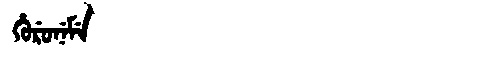
Manchu: ᡥᡠᡵᡠᠨᡝᠮᡝ
Romanization: HURUNEME